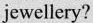
jewellery?